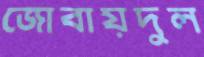
জোবায়দুল